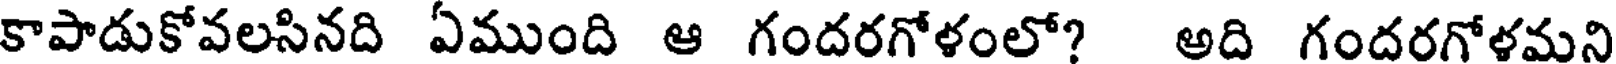
కాపాడుకోవలసినది ఏముంది ఆ గందరగోళంలో? అది గందరగోళమని